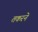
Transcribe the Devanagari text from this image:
तकरने